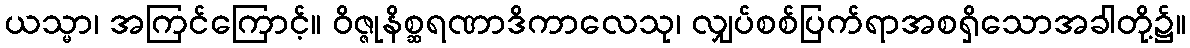
ယသ္မာ၊ အကြင်ကြောင့်။ ဝိဇ္ဇုနိစ္ဆရဏာဒိကာလေသု၊ လျှပ်စစ်ပြက်ရာအစရှိသောအခါတို့၌။